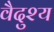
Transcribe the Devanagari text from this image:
वैदुश्य